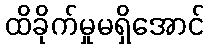
ထိခိုက်မှုမရှိအောင်